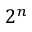
2 ^ { n }